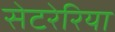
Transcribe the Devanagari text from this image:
सेटरेरिया